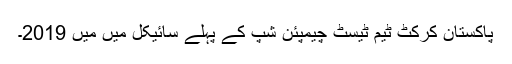
پاکستان کرکٹ ٹیم ٹیسٹ چیمپئن شپ کے پہلے سائیکل میں میں 2019۔